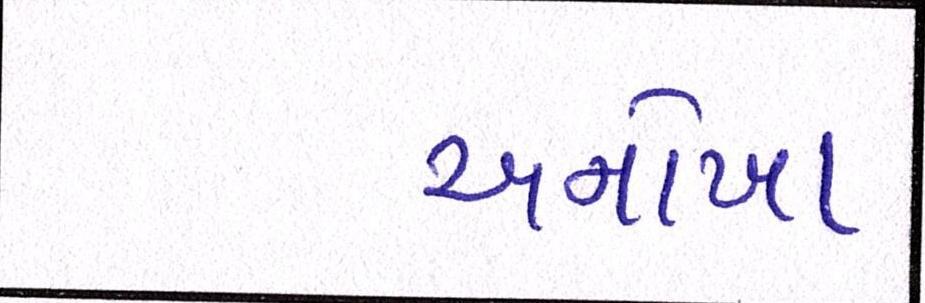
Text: અનોખા